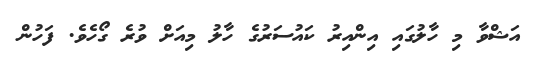
އަޝްވާ މި ހާލުގައި އިންއިރު ކައުސަރުގެ ހާލު މިއަށް ވުރެ ގޯހެވެ. ފަހުން